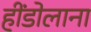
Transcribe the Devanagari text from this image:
हींडोलाना